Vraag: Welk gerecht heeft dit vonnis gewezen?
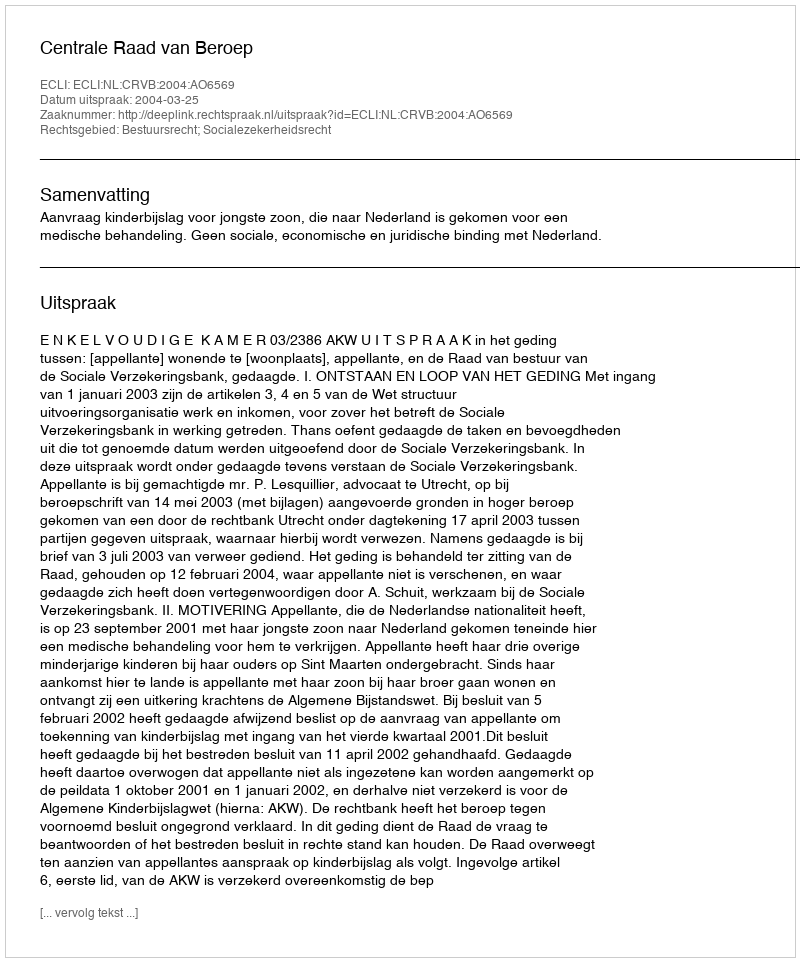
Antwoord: Centrale Raad van Beroep